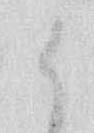
候